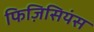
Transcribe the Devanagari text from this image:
फिज़िसियंस